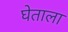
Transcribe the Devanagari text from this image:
घेताला